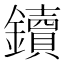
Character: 鑟